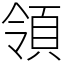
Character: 領